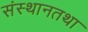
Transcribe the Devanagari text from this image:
संस्थानतथा